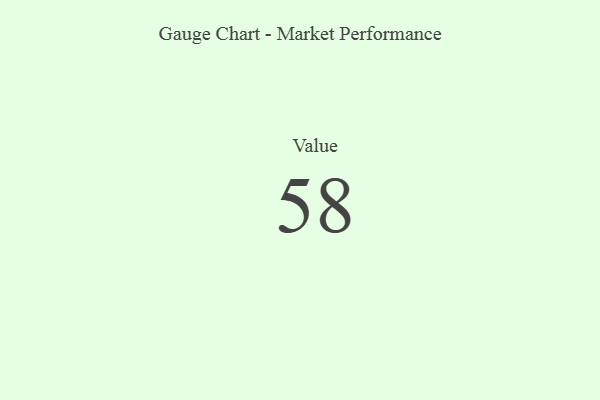
{"axis": {"x": "Metric", "y": "Value"}, "legend": [""], "data": [{"x": "Value", "y": 58, "type": ""}]}